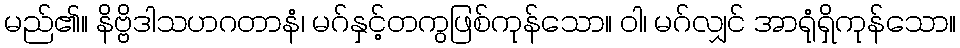
မည်၏။ နိဗ္ဗိဒါသဟဂတာနံ၊ မဂ်နှင့်တကွဖြစ်ကုန်သော။ ဝါ၊ မဂ်လျှင် အာရုံရှိကုန်သော။